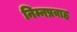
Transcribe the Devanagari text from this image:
निम्नप्रवाह